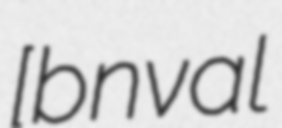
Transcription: ​[bɔnval